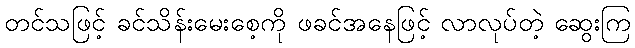
တင်သဖြင့် ခင်သိန်းမေးစေ့ကို ဖခင်အနေဖြင့် လာလုပ်တဲ့ ဆွေးကြ